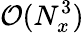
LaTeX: \mathcal{O}(N_{x}^{3})